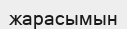
жарасымын